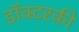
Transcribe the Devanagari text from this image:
डॉक्टरकी